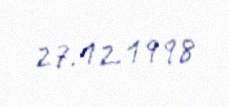
27.12.1998